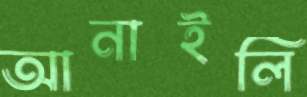
আনাইলি